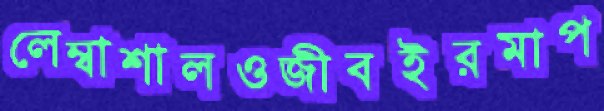
লেম্বাশালওজীবইরমাপ